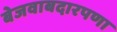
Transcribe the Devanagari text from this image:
बेजवाबदारपणा